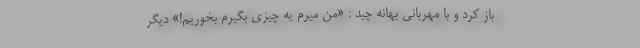
باز کرد و با مهربانی بهانه چید : «من میرم یه چیزی بگیرم بخوریم!» دیگر